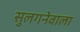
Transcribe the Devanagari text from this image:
सुलगनेवाला